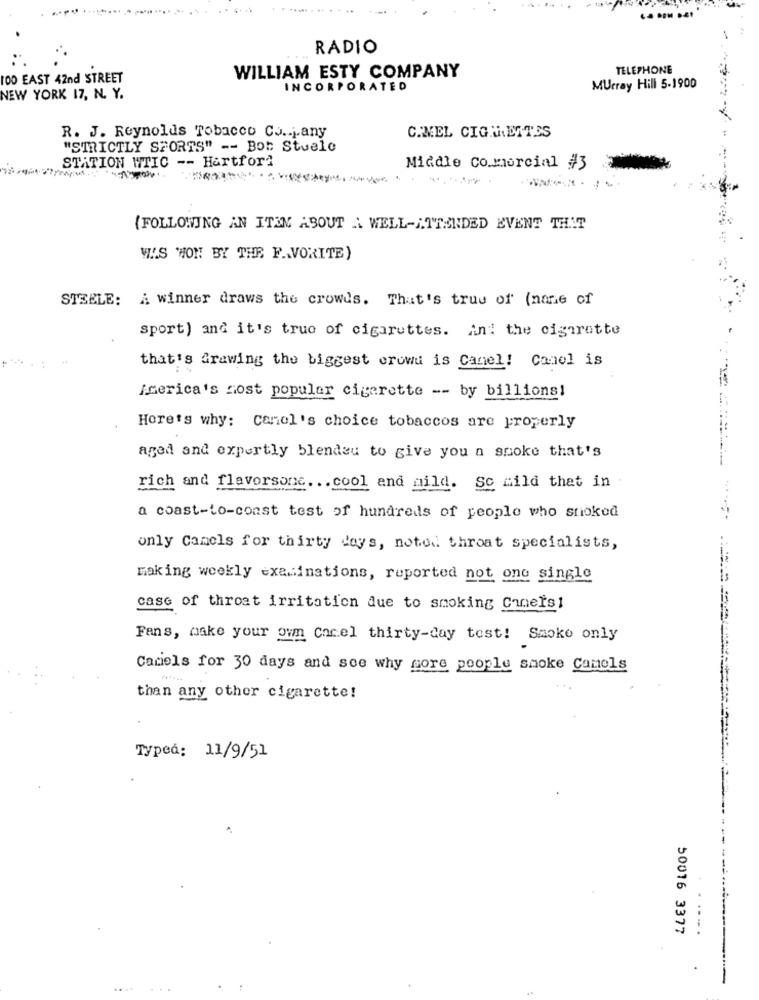
RADIO
TELEPHONE
100 EAST 42nd STREET
WILLIAM ESTY COMPANY
INCORPORATED
Murray Hill 5-1900
NEW YORK 17, N. Y.
R. J. Reynolds Tobacco Co .. j.any
C.MEL CIGMIETTES
"STRICTLY SPORTS" -- Bot Stuele
STATION WTIC -- Hartford
Middle Comercial #3
(FOLLOWING AN ITEN ABOUT A WELL-ATTENDED EVENT THAT
WAS WON BY THE F .. VORITE)
STEELE: A winner draws the crowds. That's true of (nane of
sport) and it's true of cigarettes. And the cigarette
that's Grawing the biggest crowd is Canel! Conel is
America's most popular cigarette -- by billions!
Here's why: canel's choice tobaccos are properly
aged and expertly blendeu to give you a smoke that's
rich and flavorsone. .. cool and mild. Sc mild that in
a coast-to-coast test of hundreds of people who smoked
only Camels for thirty days, noted throat specialists,
making weekly examinations, reported not one single
case of throat irritation due to smoking Chnets1
Fans, make your own cacel thirty-day test! Smoke only
Caciels for 30 days and see why more people smoke Camels
than any other cigarette!
Typed: 11/9/51
50016 3377
.. .
...